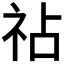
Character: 𫀅